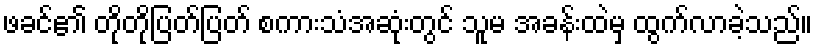
ဖခင်၏ တိုတိုပြတ်ပြတ် စကားသံအဆုံးတွင် သူမ အခန်းထဲမှ ထွက်လာခဲ့သည်။